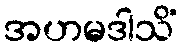
အဟမဒါသိံ